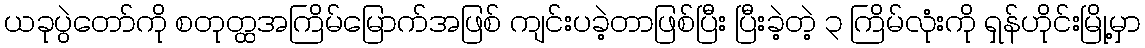
ယခုပွဲတော်ကို စတုတ္ထအကြိမ်မြောက်အဖြစ် ကျင်းပခဲ့တာဖြစ်ပြီး ပြီးခဲ့တဲ့ ၃ ကြိမ်လုံးကို ရှန်ဟိုင်းမြို့မှာ